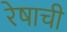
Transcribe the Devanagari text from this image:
रेषाची